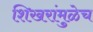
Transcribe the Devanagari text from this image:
शिखरांमुळेच